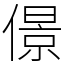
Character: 𠎠